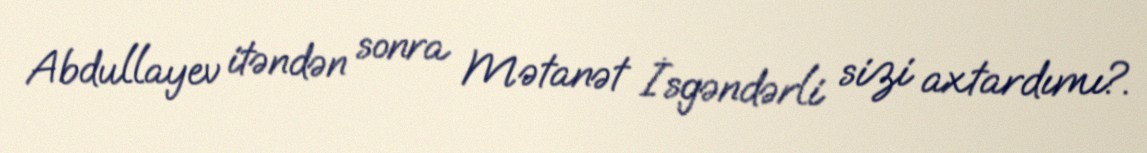
Abdullayev itəndən sonra Mətanət İsgəndərli sizi axtardımı?.